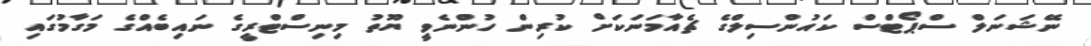
ނޭޝަނަލް ސްޕޯޓްސް ކައުންސިލްގެ ޗެއާމަނަކަށް ކުރިން ހުންނެވީ ޔޫތު މިނިސްޓްރީގެ ނައިބެއްގެ މަގާމުގައި